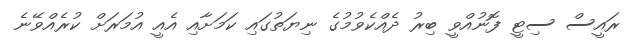
ރައީސް ސިޓީ ފޮނުއްވީ ބިރު ދެއްކެވުމުގެ ނިޔަތުގައި ކަމަށާއި އެއީ އުމަރަށް ކުރެއްވޭނެ